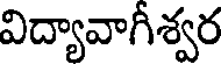
విద్యావాగీశ్వర